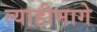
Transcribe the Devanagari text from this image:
त्याहीमागे